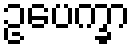
ဥပေက္ခာ